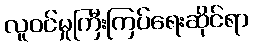
လူဝင်မှုကြီးကြပ်ရေးဆိုင်ရာ